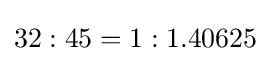
32:45=1:1.40625